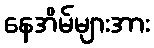
နေအိမ်များအား